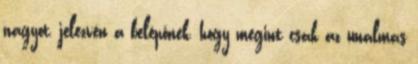
nagyot, jelezvén a belépőnek, hogy megint csak az unalmas